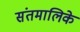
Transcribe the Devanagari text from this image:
संतमालिके